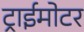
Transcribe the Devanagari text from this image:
ट्राईमोटर